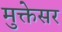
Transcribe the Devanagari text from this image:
मुक्तेसर